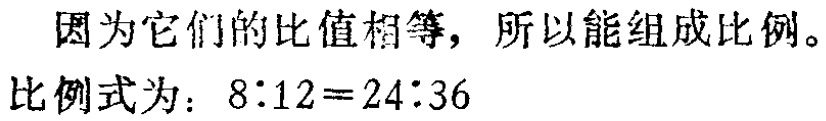
因为它们的比值相等，所以能组成比例。

比例式为：\(8:12 = 24:36\)